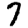
Digit: 7